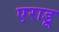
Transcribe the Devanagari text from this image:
एराडू